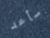
سأعد